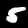
Label: 5